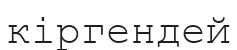
кіргендей